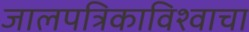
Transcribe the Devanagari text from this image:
जालपत्रिकाविश्वाचा